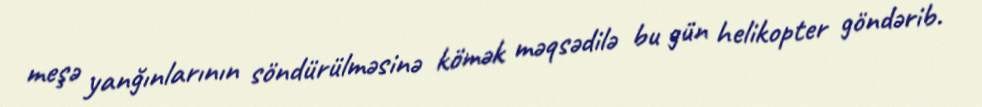
meşə yanğınlarının söndürülməsinə kömək məqsədilə bu gün helikopter göndərib.